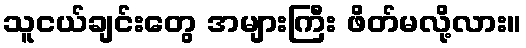
သူငယ်ချင်းတွေ အများကြီး ဖိတ်မလို့လား။